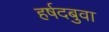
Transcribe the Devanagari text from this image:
हर्षदबुवा